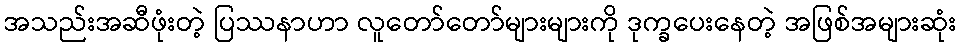
အသည်းအဆီဖုံးတဲ့ ပြဿနာဟာ လူတော်တော်များများကို ဒုက္ခပေးနေတဲ့ အဖြစ်အများဆုံး